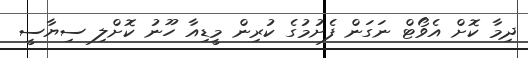
ދިމާ ކޮށް އެވޯޓް ނަގަން ފެށުމުގެ ކުރިން މީޑިއާ ހޫނު ކޮށްލި ސިޔާސީ